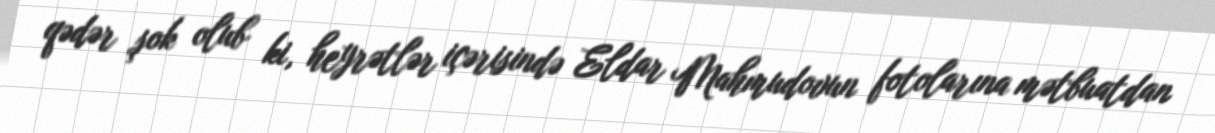
qədər şok olub ki, heyrətlər içərisində Eldar Mahmudovun fotolarına mətbuatdan